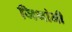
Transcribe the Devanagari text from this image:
जिभांनी